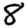
Digit: 8